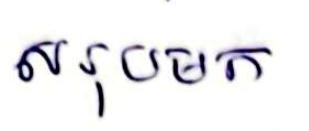
សរុបមក